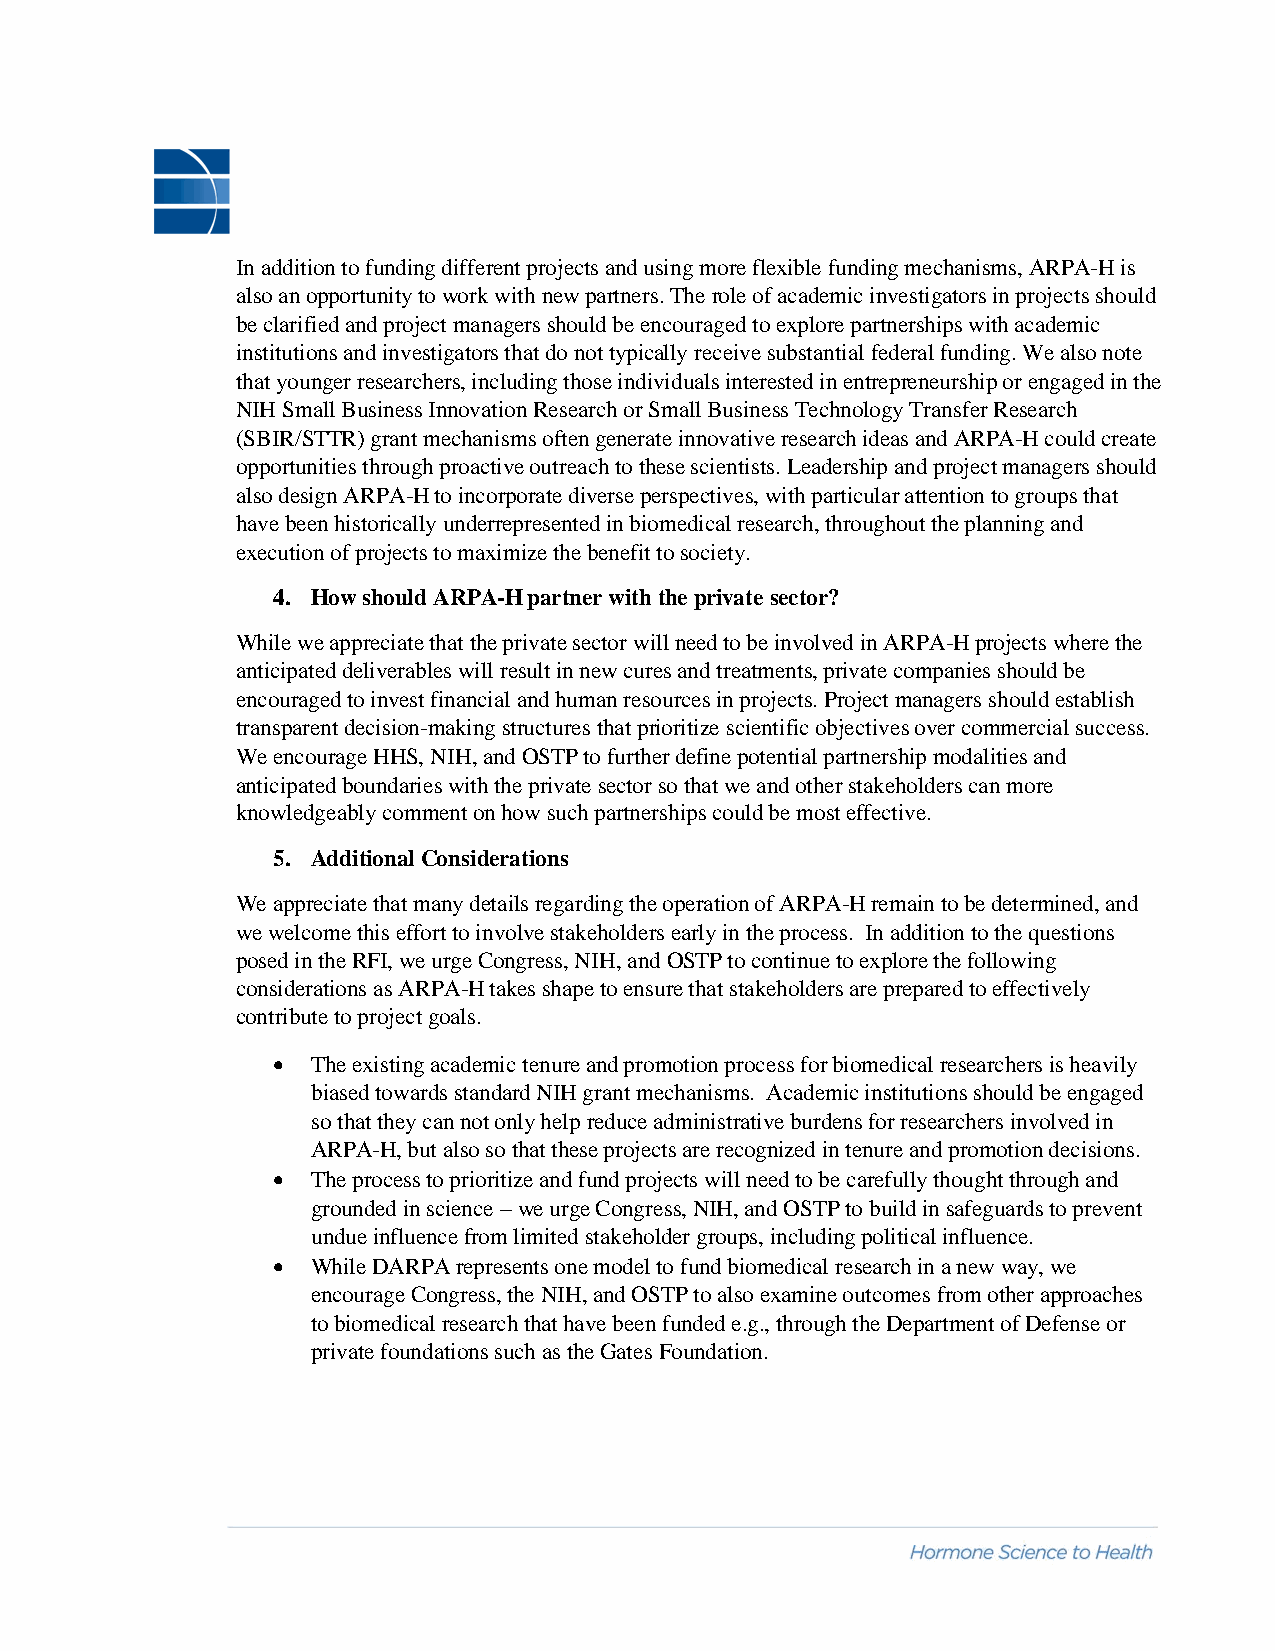
In addition to funding different projects and using more flexible funding mechanisms, ARPA-H is
 also an opportunity to work with new partners. The role of academic investigators in projects should
 be clarified and project managers should be encouraged to explore partnerships with academic
 institutions and investigators that do not typically receive substantial federal funding. We also note
 that younger researchers, including those individuals interested in entrepreneurship or engaged in the
 NIH Small Business Innovation Research or Small Business Technology Transfer Research
 (SBIR/STTR) grant mechanisms often generate innovative research ideas and ARPA-H could create
 opportunities through proactive outreach to these scientists. Leadership and project managers should
 also design ARPA-H to incorporate diverse perspectives, with particular attention to groups that
 have been historically underrepresented in biomedical research, throughout the planning and
 execution of projects to maximize the benefit to society.
 4. How should ARPA-H partner with the private sector?
 While we appreciate that the private sector will need to be involved in ARPA-H projects where the
 anticipated deliverables will result in new cures and treatments, private companies should be
 encouraged to invest financial and human resources in projects. Project managers should establish
 transparent decision-making structures that prioritize scientific objectives over commercial success.
 We encourage HHS, NIH, and OSTP to further define potential partnership modalities and
 anticipated boundaries with the private sector so that we and other stakeholders can more
 knowledgeably comment on how such partnerships could be most effective.
 5. Additional Considerations
 We appreciate that many details regarding the operation of ARPA-H remain to be determined, and
 we welcome this effort to involve stakeholders early in the process. In addition to the questions
 posed in the RFI, we urge Congress, NIH, and OSTP to continue to explore the following
 considerations as ARPA-H takes shape to ensure that stakeholders are prepared to effectively
 contribute to project goals.
 •  The existing academic tenure and promotion process for biomedical researchers is heavily
 biased towards standard NIH grant mechanisms. Academic institutions should be engaged
 so that they can not only help reduce administrative burdens for researchers involved in
 ARPA-H, but also so that these projects are recognized in tenure and promotion decisions.
 •  The process to prioritize and fund projects will need to be carefully thought through and
 grounded in science – we urge Congress, NIH, and OSTP to build in safeguards to prevent
 undue influence from limited stakeholder groups, including political influence.
 •  While DARPA represents one model to fund biomedical research in a new way, we
 encourage Congress, the NIH, and OSTP to also examine outcomes from other approaches
 to biomedical research that have been funded e.g., through the Department of Defense or
 private foundations such as the Gates Foundation.